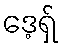
ဒေ့ရှ်